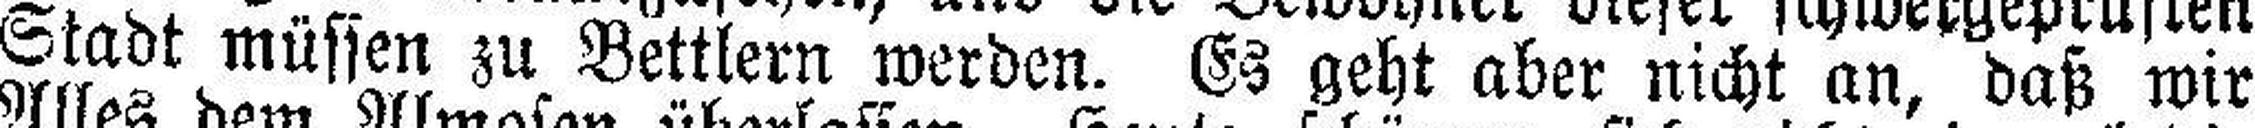
Stadt müssen zu Bettlern werden. Es geht aber nicht an, daß wir